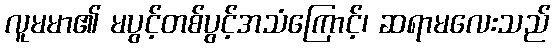
လူမမာ၏ မပွင့်တစ်ပွင့်အသံကြောင့်၊ ဆရာမလေးသည်